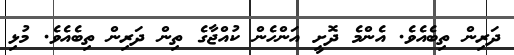
ދަރިން ތިބެއެވެ. އެންމެ ދޮށީ އަންހެން ކުއްޖާގެ ތިން ދަރިން ތިބެއެވެ. މުޅި